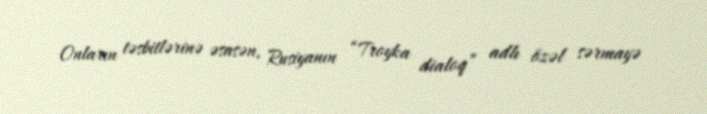
Onların təsbitlərinə əsasən, Rusiyanın “Troyka dialoq” adlı özəl sərmayə